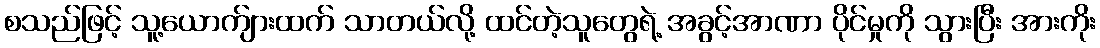
စသည်ဖြင့် သူ့ယောက်ျားထက် သာတယ်လို့ ထင်တဲ့သူတွေရဲ့ အခွင့်အာဏာ ပိုင်မှုကို သွားပြီး အားကိုး